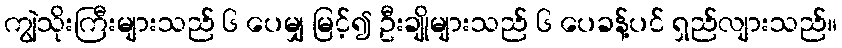
ကျွဲသိုးကြီးများသည် ၆ ပေမျှ မြင့်၍ ဦးချိုများသည် ၆ ပေခန့်ပင် ရှည်လျားသည်။